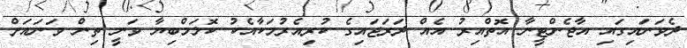
ދެވަނައިގައި އާޖެންޓީނާ އޮތްއިރު އެއް ދަރަޖައިގެ ކުރިއެރުމަކާއެކު ކޮލަމްބިޔާ ވަނީ ތިން ވަނައަށް